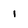
Character: 1